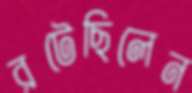
রটেছিলেন